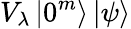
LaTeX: V_{\lambda}\left|0^{m}\right\rangle\left|\psi\right\rangle